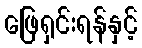
ဖြေရှင်းရန်နှင့်